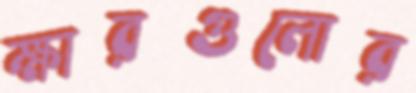
ক্ষারগুলোর